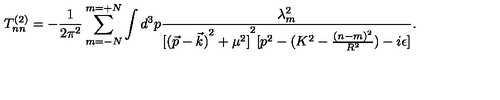
T _ { n n } ^ { ( 2 ) } = - \frac { 1 } { 2 \pi ^ { 2 } } \sum _ { m = - N } ^ { m = + N } \int d ^ { 3 } p \frac { \lambda _ { m } ^ { 2 } } { { [ { ( \vec { p } - \vec { k } ) } ^ { 2 } + \mu ^ { 2 } ] } ^ { 2 } [ p ^ { 2 } - ( K ^ { 2 } - \frac { { ( n - m ) } ^ { 2 } } { R ^ { 2 } } ) - i \epsilon ] } .